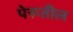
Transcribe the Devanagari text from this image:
पेरूतील